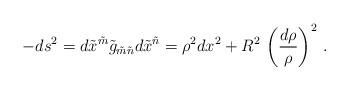
LaTeX: \begin{align*}-ds^2 = d\tilde x^{\tilde m} \tilde g_{\tilde m\tilde n} d\tilde x^{\tilde n}= \rho^2 dx^2 + R^2 \,\left(\frac{d\rho}\rho\right)^2\, .\end{align*}